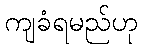
ကျခံရမည်ဟု